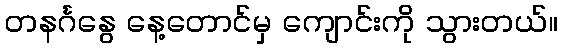
တနင်္ဂနွေ နေ့တောင်မှ ကျောင်းကို သွားတယ်။